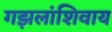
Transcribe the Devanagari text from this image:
गझलांशिवाय